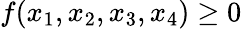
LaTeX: f(x_{1},x_{2},x_{3},x_{4})\ge 0